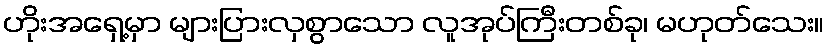
ဟိုးအရှေ့မှာ များပြားလှစွာသော လူအုပ်ကြီးတစ်ခု၊ မဟုတ်သေး။